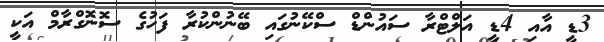
3ޑީ އާއި 4ޑީ އަލްޓްރާ ސައުންޑް ސްކޭނުގައި ބޭނުންކުރާ ފަހުގެ ސޮނޮގްރާމް އަކީ